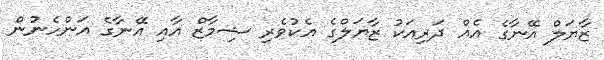
ޒާޔަލް އޭނާގެ އެއް ދަރިއަކު ޒާޔަލްގެ އެކުވެރި ޝިމާޒް އާއި އޭނާގެ އަންހެނުން